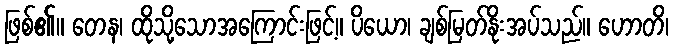
ဖြစ်၏။ တေန၊ ထိုသို့သောအကြောင်းဖြင့်။ ပိယော၊ ချစ်မြတ်နိုးအပ်သည်။ ဟောတိ၊